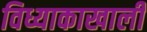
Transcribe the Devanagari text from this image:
विध्याकाखाली